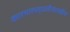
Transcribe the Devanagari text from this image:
कारभारपद्धतीसारखीच